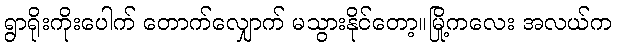
ရွာရိုးကိုးပေါက် တောက်လျှောက် မသွားနိုင်တော့။မြို့ကလေး အလယ်က